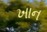
ખાન